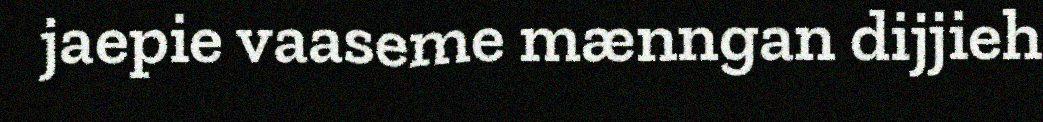
jaepie vaaseme mænngan dijjieh